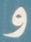
و